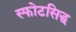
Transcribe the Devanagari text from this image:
स्फोटसिद्ध